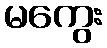
မကွေး